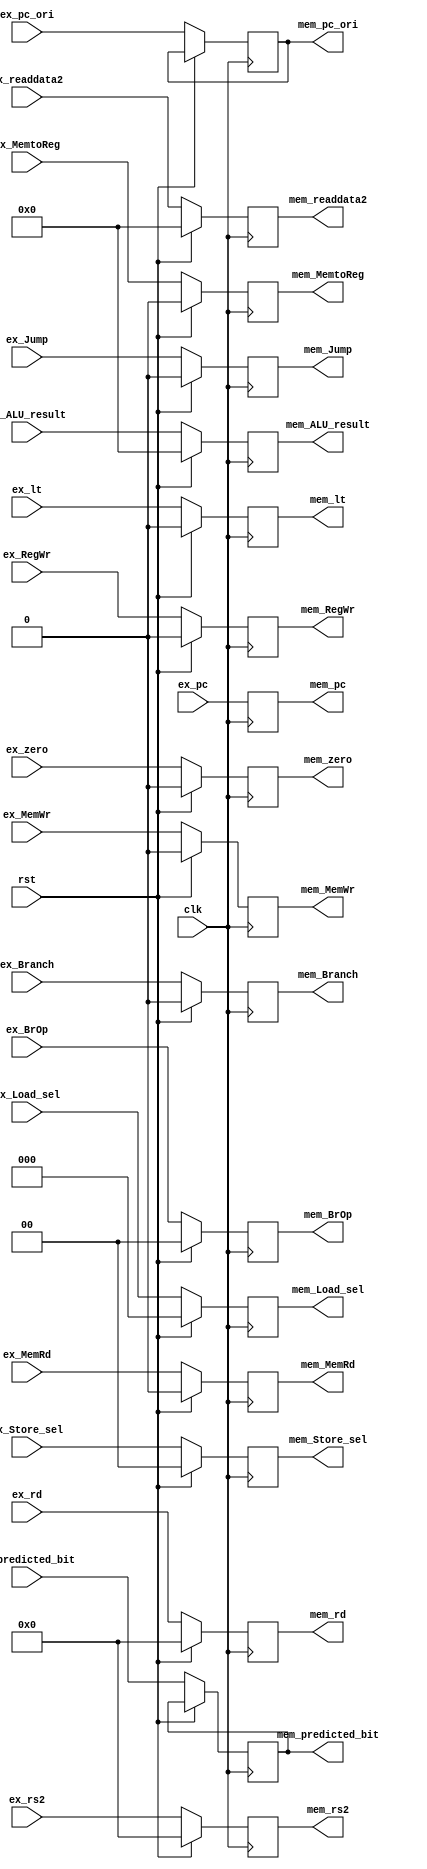
module Reg_EX_MEM (
  //Input from EX
  input  wire        clk           ,
  input  wire        rst           ,
  input  wire        ex_MemRd      , // Control Unit -> Reg_EX_MEM
  input  wire        ex_RegWr      , // Control Unit -> Reg_EX_MEM
  input  wire        ex_MemWr      , // Control Unit -> Reg_EX_MEM
  input  wire        ex_MemtoReg   , // Control Unit -> Reg_EX_MEM
  input  wire        ex_zero       , // ALU -> Reg_EX_MEM
  input  wire        ex_lt         , // ALU -> Reg_EX_MEM
  input  wire [4:0]  ex_rd         , // ID block     -> Reg_EX_MEM
  input  wire [4:0]  ex_rs2        , // Reg ID_EX    -> Reg_EX_MEM
  input  wire [31:0] ex_pc         , // result of 1st CLA
  input  wire [31:0] ex_pc_ori     , // current PC
  input  wire [31:0] ex_readdata2  , // Reg file     -> Reg ID_EX  -> Reg_EX_MEM
  input  wire [1:0]  ex_BrOp       , // Control Unit -> Reg ID_EX  -> Reg_EX_MEM
  input  wire        ex_Branch     , // Control Unit -> Reg ID_EX  -> Reg_EX_MEM
  input  wire        ex_Jump       , // Control Unit -> Reg ID_EX  -> Reg_EX_MEM
  //input  wire        ex_PCspecial  , // Control Unit -> Reg ID_EX 
  input  wire [2:0]  ex_Load_sel   , // Control Unit -> Reg ID_EX  -> Reg_EX_MEM -> Reg Mem/WB
  input  wire [1:0]  ex_Store_sel  , // Control Unit -> Reg ID_EX  -> Reg_EX_MEM -> DataMem
  input  wire [31:0] ex_ALU_result ,
  input  wire        ex_predicted_bit ,
  //Output to MEM                
  output reg         mem_MemRd     ,
  output reg         mem_RegWr     ,
  output reg         mem_MemWr     ,
  output reg         mem_MemtoReg  ,
  output reg         mem_zero      ,
  output reg         mem_lt        ,
  output reg  [4:0]  mem_rd        ,
  output reg  [4:0]  mem_rs2       ,
  output reg  [31:0] mem_pc		  ,
  output reg  [31:0] mem_pc_ori	  ,  
  output reg  [31:0] mem_readdata2 ,
  output reg  [1:0]  mem_BrOp      ,
  output reg         mem_Branch    ,
  output reg         mem_Jump      ,
  //output reg         mem_PCspecial ,
  output reg  [2:0]  mem_Load_sel  , 
  output reg  [1:0]  mem_Store_sel , 
  output reg  [31:0] mem_ALU_result,
  output reg         mem_predicted_bit 
);

  always @ (negedge clk) begin
    if (rst) begin
      mem_MemRd      <= 0;
		mem_RegWr      <= 0;
      mem_MemWr      <= 0;
      mem_MemtoReg   <= 0;
		mem_zero       <= 0;
		mem_lt         <= 0;
      mem_rd         <= 0;
		mem_rs2			<= 0;
      mem_pc         <= ex_pc;
      mem_readdata2  <= 0;
		mem_BrOp       <= 0;
		mem_Branch     <= 0;
		mem_Jump       <= 0;
		//mem_PCspecial  <= 0;
		mem_Load_sel   <= 0;
		mem_Store_sel  <= 0;
      mem_ALU_result <= 0;
    end else if (1) begin
      mem_MemRd      <= ex_MemRd;
		mem_RegWr      <= ex_RegWr;
      mem_MemWr      <= ex_MemWr;
      mem_MemtoReg   <= ex_MemtoReg;
		mem_zero       <= ex_zero;
		mem_lt         <= ex_lt;
      mem_rd         <= ex_rd;
		mem_rs2        <= ex_rs2;
      mem_pc         <= ex_pc;
		mem_pc_ori     <= ex_pc_ori;
      mem_readdata2  <= ex_readdata2;
		mem_BrOp       <= ex_BrOp;
		mem_Branch     <= ex_Branch;
		mem_Jump       <= ex_Jump;
		//mem_PCspecial  <= ex_PCspecial ;
		mem_Load_sel   <= ex_Load_sel  ;
		mem_Store_sel  <= ex_Store_sel ;
      mem_ALU_result <= ex_ALU_result;
		mem_predicted_bit <= ex_predicted_bit;
    end
  end
endmodule